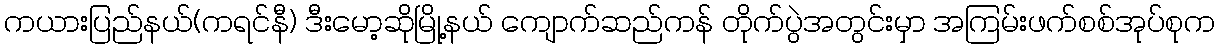
ကယားပြည်နယ်(ကရင်နီ) ဒီးမော့ဆိုမြို့နယ် ကျောက်ဆည်ကန် တိုက်ပွဲအတွင်းမှာ အကြမ်းဖက်စစ်အုပ်စုက